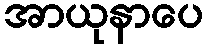
အာယုနာပေ